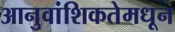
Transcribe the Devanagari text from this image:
आनुवांशिकतेमधून